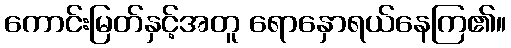
ကောင်းမြတ်နှင့်အတူ ရောနှောရယ်နေကြ၏။